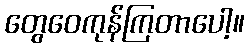
တွေဝေကုန်ကြတာပေါ့။